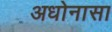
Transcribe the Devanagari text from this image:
अधोनासा